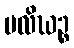
ပလိဃဉ္စ